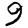
Digit: 9